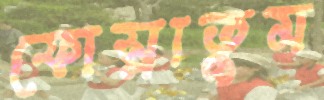
ফোস্‌লাতুম